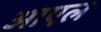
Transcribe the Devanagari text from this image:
आएल